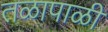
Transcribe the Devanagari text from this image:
तळापाळी